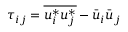
\tau _ { i j } = \overline { { u _ { i } ^ { * } u _ { j } ^ { * } } } - \bar { u } _ { i } \bar { u } _ { j }